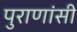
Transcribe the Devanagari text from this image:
पुराणांसी